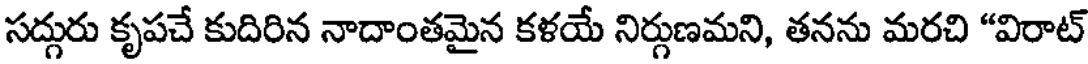
సద్గురు కృపచే కుదిరిన నాదాంతమైన కళయే నిర్గుణమని, తనను మరచి "విరాట్